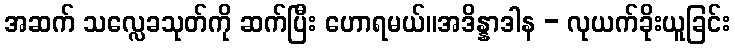
အဆက် သလ္လေခသုတ်ကို ဆက်ပြီး ဟောရမယ်။အဒိန္နာဒါန - လုယက်ခိုးယူခြင်း